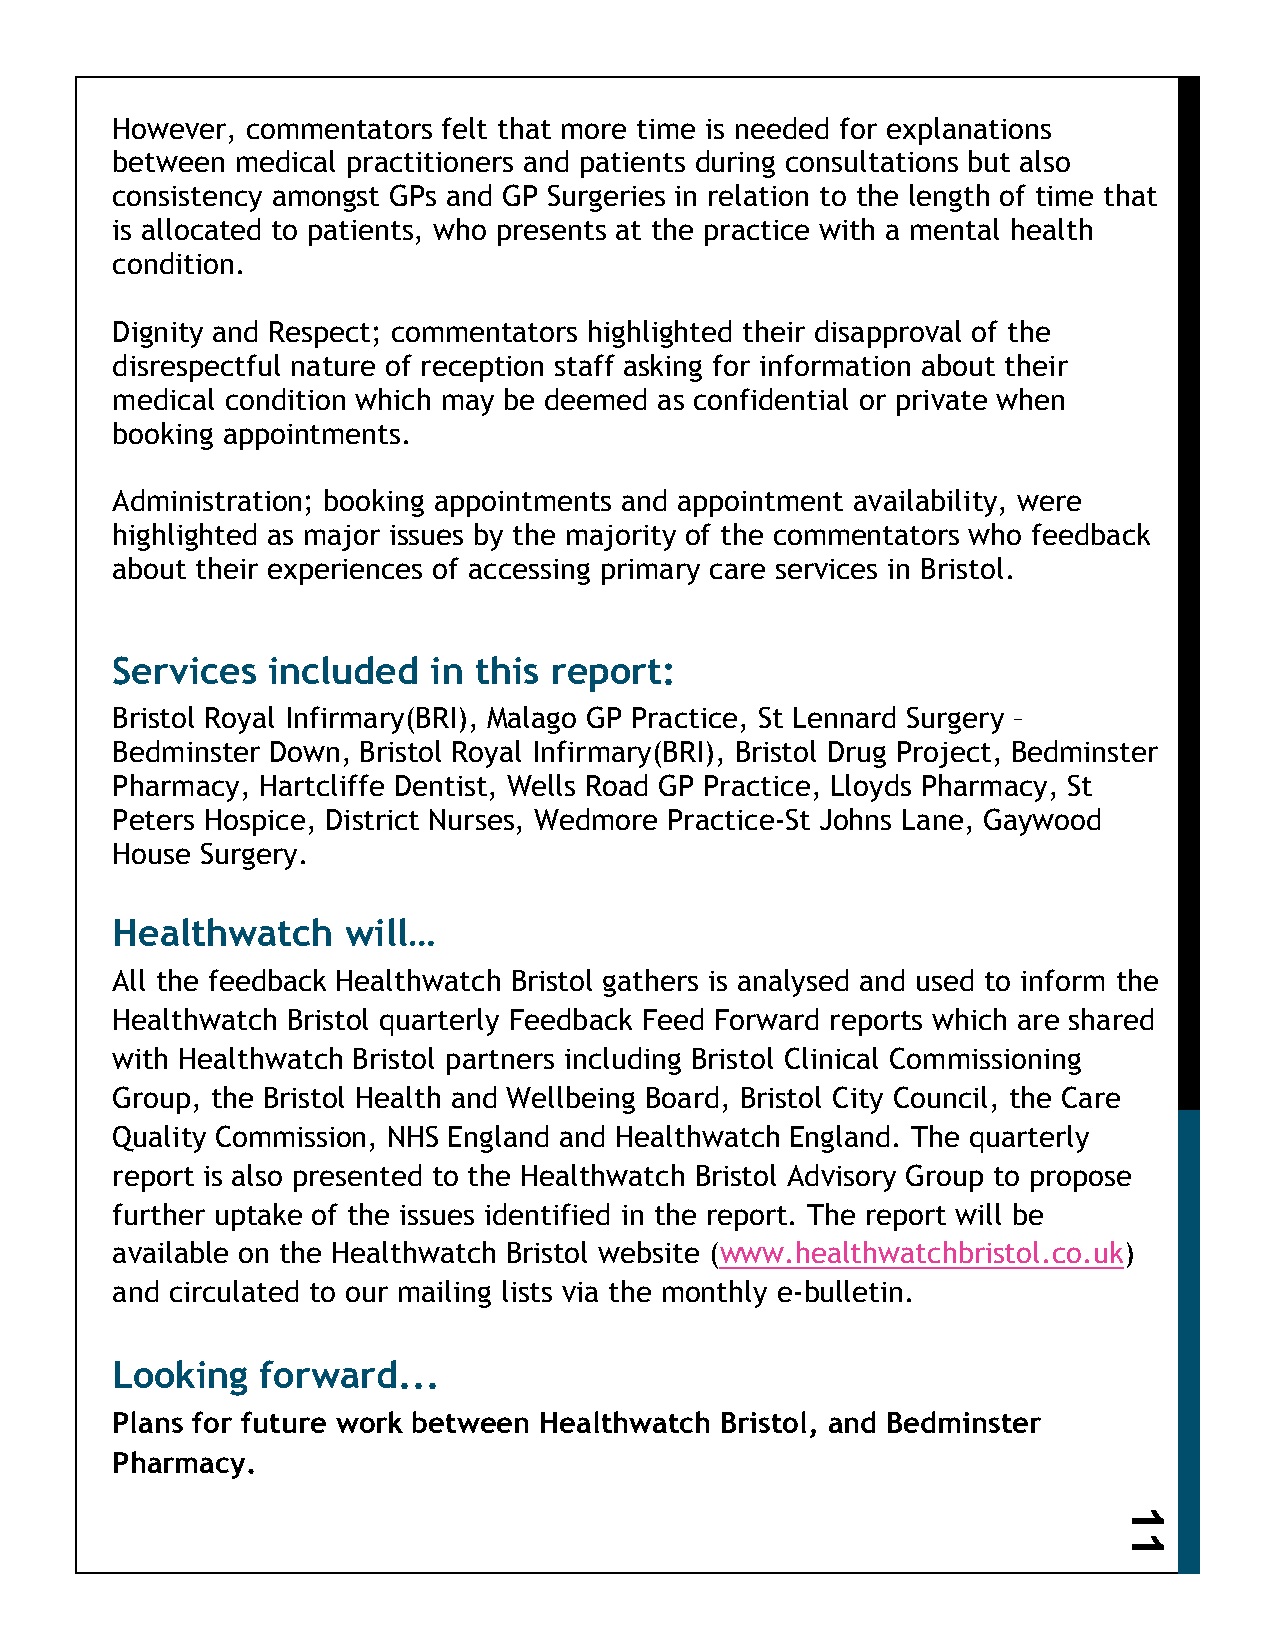
However, commentators felt that more time is needed for explanations
 between  medical practitioners and patients during consultations but also
 consistency amongst GPs and GP Surgeries in relation to the length of time that
 is allocated to patients, who presents at the practice with a mental health
 condition.
 Dignity and Respect; commentators highlighted their disapproval of the
 disrespectful nature of reception staff asking for information about their
 medical condition which may be deemed as confidential or private when
 booking appointments.
 Administration; booking appointments and appointment availability, were
 highlighted as major issues by the majority of the commentators who feedback
 about their experiences of accessing primary care services in Bristol.
 Services   included   in this report:
 Bristol Royal Infirmary(BRI), Malago GP Practice, St Lennard Surgery –
 Bedminster Down, Bristol Royal Infirmary(BRI), Bristol Drug Project, Bedminster
 Pharmacy, Hartcliffe Dentist, Wells Road GP Practice, Lloyds Pharmacy, St
 Peters Hospice, District Nurses, Wedmore Practice-St Johns Lane, Gaywood
 House Surgery.
 Healthwatch     will…
 All the feedback Healthwatch Bristol gathers is analysed and used to inform the
 Healthwatch Bristol quarterly Feedback Feed Forward reports which are shared
 with Healthwatch Bristol partners including Bristol Clinical Commissioning
 Group, the Bristol Health and Wellbeing Board, Bristol City Council, the Care
 Quality Commission, NHS England and Healthwatch England. The quarterly
 report is also presented to the Healthwatch Bristol Advisory Group to propose
 further uptake of the issues identified in the report. The report will be
 available on the Healthwatch Bristol website (www.healthwatchbristol.co.uk)
 and circulated to our mailing lists via the monthly e-bulletin.
 Looking   forward...
 Plans for future work between Healthwatch Bristol, and Bedminster
 Pharmacy.
 1
 1